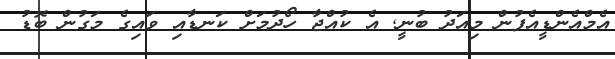
އެމްއެންޑީއެފުން މިއަދު ބުނީ